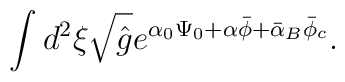
\int{d^2}\xi\sqrt{\hat{g}}{e^{{\alpha_0}{\Psi_0}+\alpha\bar{\phi}+{\bar{\alpha}_B}{\bar{\phi}_c}}}.